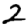
Digit: 2